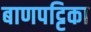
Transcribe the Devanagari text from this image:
बाणपट्टिका